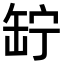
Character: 䍆